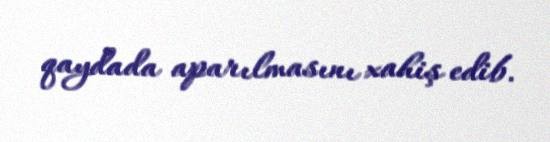
qaydada aparılmasını xahiş edib.